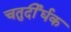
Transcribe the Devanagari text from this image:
चतुर्दीर्घक